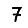
Digit: 7